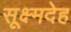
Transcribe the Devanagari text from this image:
सूक्ष्मदेह